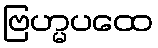
ဗြဟ္မပထေ